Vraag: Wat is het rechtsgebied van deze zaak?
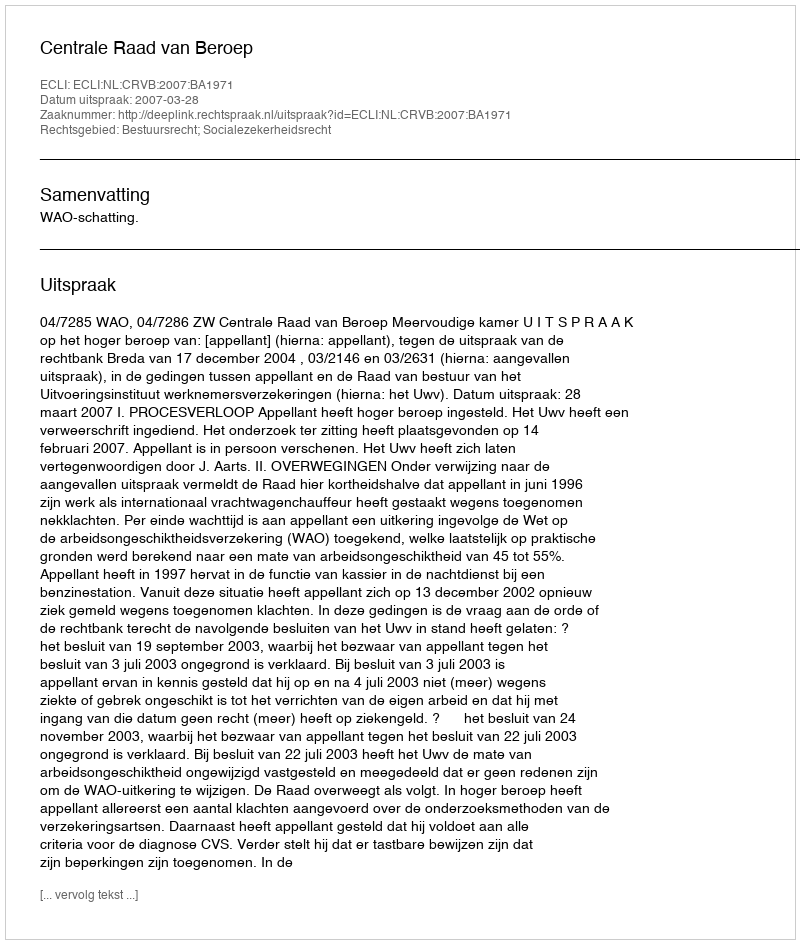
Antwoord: Bestuursrecht; Socialezekerheidsrecht